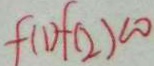
f ( 1 ) + ( 2 ) < 0